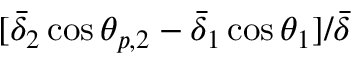
[ \bar { \delta } _ { 2 } \cos \theta _ { p , 2 } - \bar { \delta } _ { 1 } \cos \theta _ { 1 } ] / \bar { \delta }